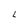
Character: L